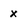
Character: x